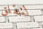
لنقلق